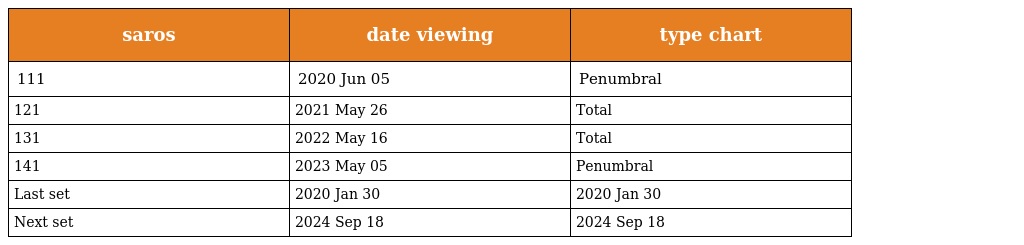
| saros | date viewing | type chart |
 | --- | --- | --- |
 | 111 | 2020 Jun 05 | Penumbral |
 | 121 | 2021 May 26 | Total |
 | 131 | 2022 May 16 | Total |
 | 141 | 2023 May 05 | Penumbral |
 | Last set | 2020 Jan 30 | 2020 Jan 30 |
 | Next set | 2024 Sep 18 | 2024 Sep 18 |